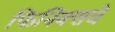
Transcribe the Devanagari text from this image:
फिनिक्सचे